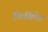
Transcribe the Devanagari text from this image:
फिसिपेड